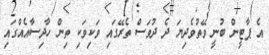
އެ ޕާޓީން ބުނީ ވޭތުވެދިޔަ ދެ ދުވަސް ތެރޭގައި ވަކިވަކި ތިން ހާދިސާއެއްގައި